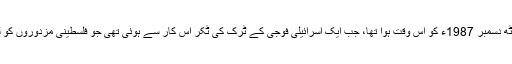
پہلی انتفادہ کا آغاز آٹھ دسمبر 1987ء کو اس وقت ہوا تھا، جب ایک اسرائیلی فوجی کے ٹرک کی ٹکر اس کار سے ہوئی تھی جو فلسطینی مزدوروں کو لے کر جا رہی تھی۔